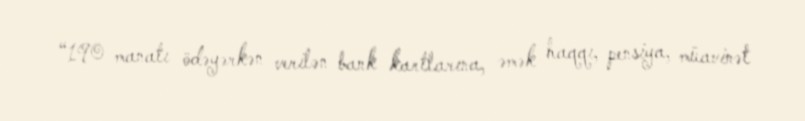
“190 manatı ödəyərkən verilən bank kartlarına, əmək haqqı, pensiya, müavinət